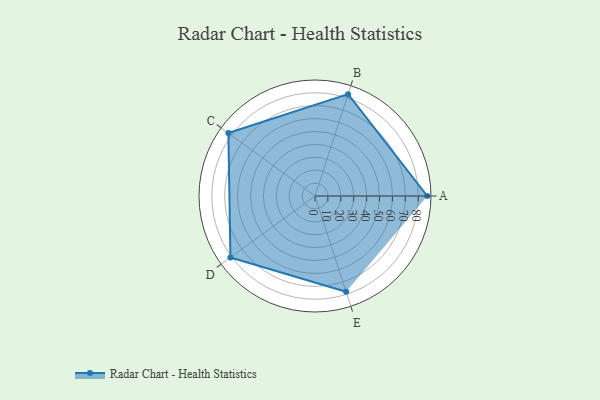
{"axis": {"x": "Skill", "y": "Score"}, "legend": ["Profile"], "data": [{"x": "A", "y": 87.0, "type": "Profile"}, {"x": "B", "y": 83.0, "type": "Profile"}, {"x": "C", "y": 83.0, "type": "Profile"}, {"x": "D", "y": 81.0, "type": "Profile"}, {"x": "E", "y": 78.0, "type": "Profile"}]}